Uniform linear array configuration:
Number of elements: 48
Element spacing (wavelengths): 0.75
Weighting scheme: kaiser
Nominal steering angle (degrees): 30
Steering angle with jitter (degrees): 31.954
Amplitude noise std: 0.05
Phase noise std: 0.05

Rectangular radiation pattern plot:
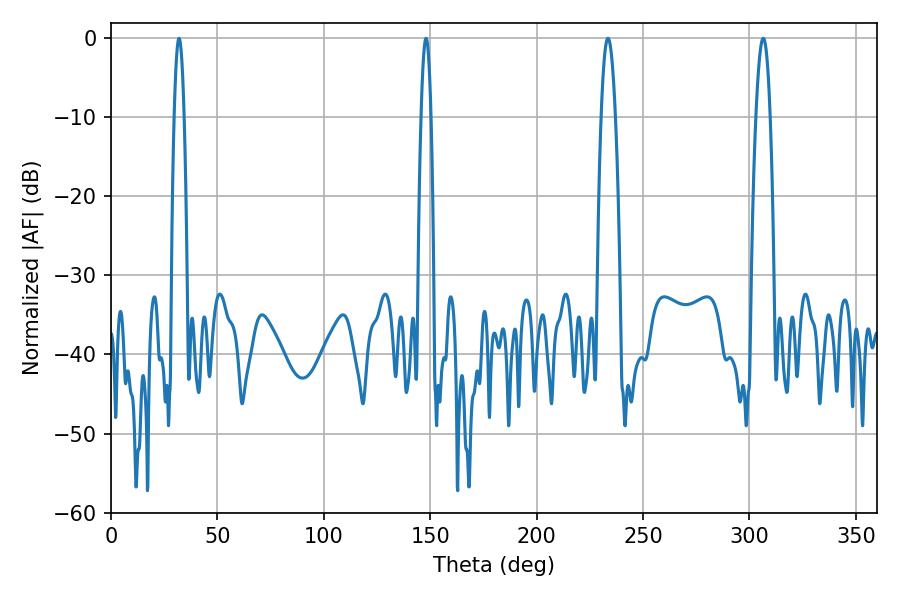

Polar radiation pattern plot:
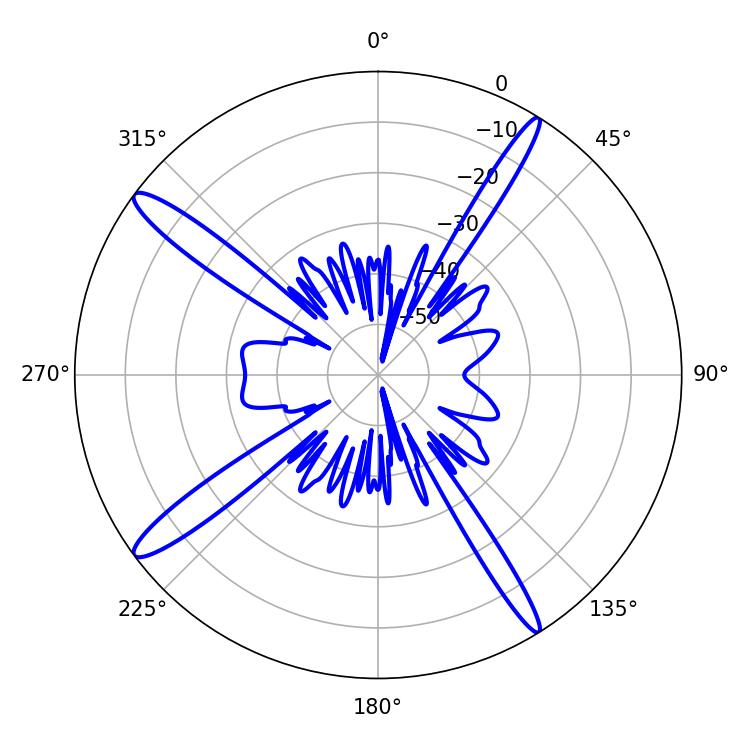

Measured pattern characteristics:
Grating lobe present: TRUE
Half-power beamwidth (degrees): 3.78
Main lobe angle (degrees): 233.46